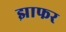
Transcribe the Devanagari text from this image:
झाफर